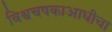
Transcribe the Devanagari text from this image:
विश्वचषकाआधीचा